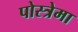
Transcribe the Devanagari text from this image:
पोस्त्रेमा